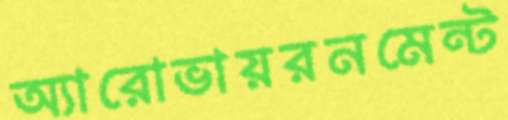
অ্যারোভায়রনমেন্ট